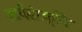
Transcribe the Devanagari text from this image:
आर्यसंस्कृति